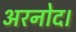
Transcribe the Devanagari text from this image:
अरनोद।